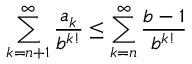
\sum _ { k = n + 1 } ^ { \infty } { \frac { a _ { k } } { b ^ { k ! } } } \leq \sum _ { k = n } ^ { \infty } { \frac { b - 1 } { b ^ { k ! } } }